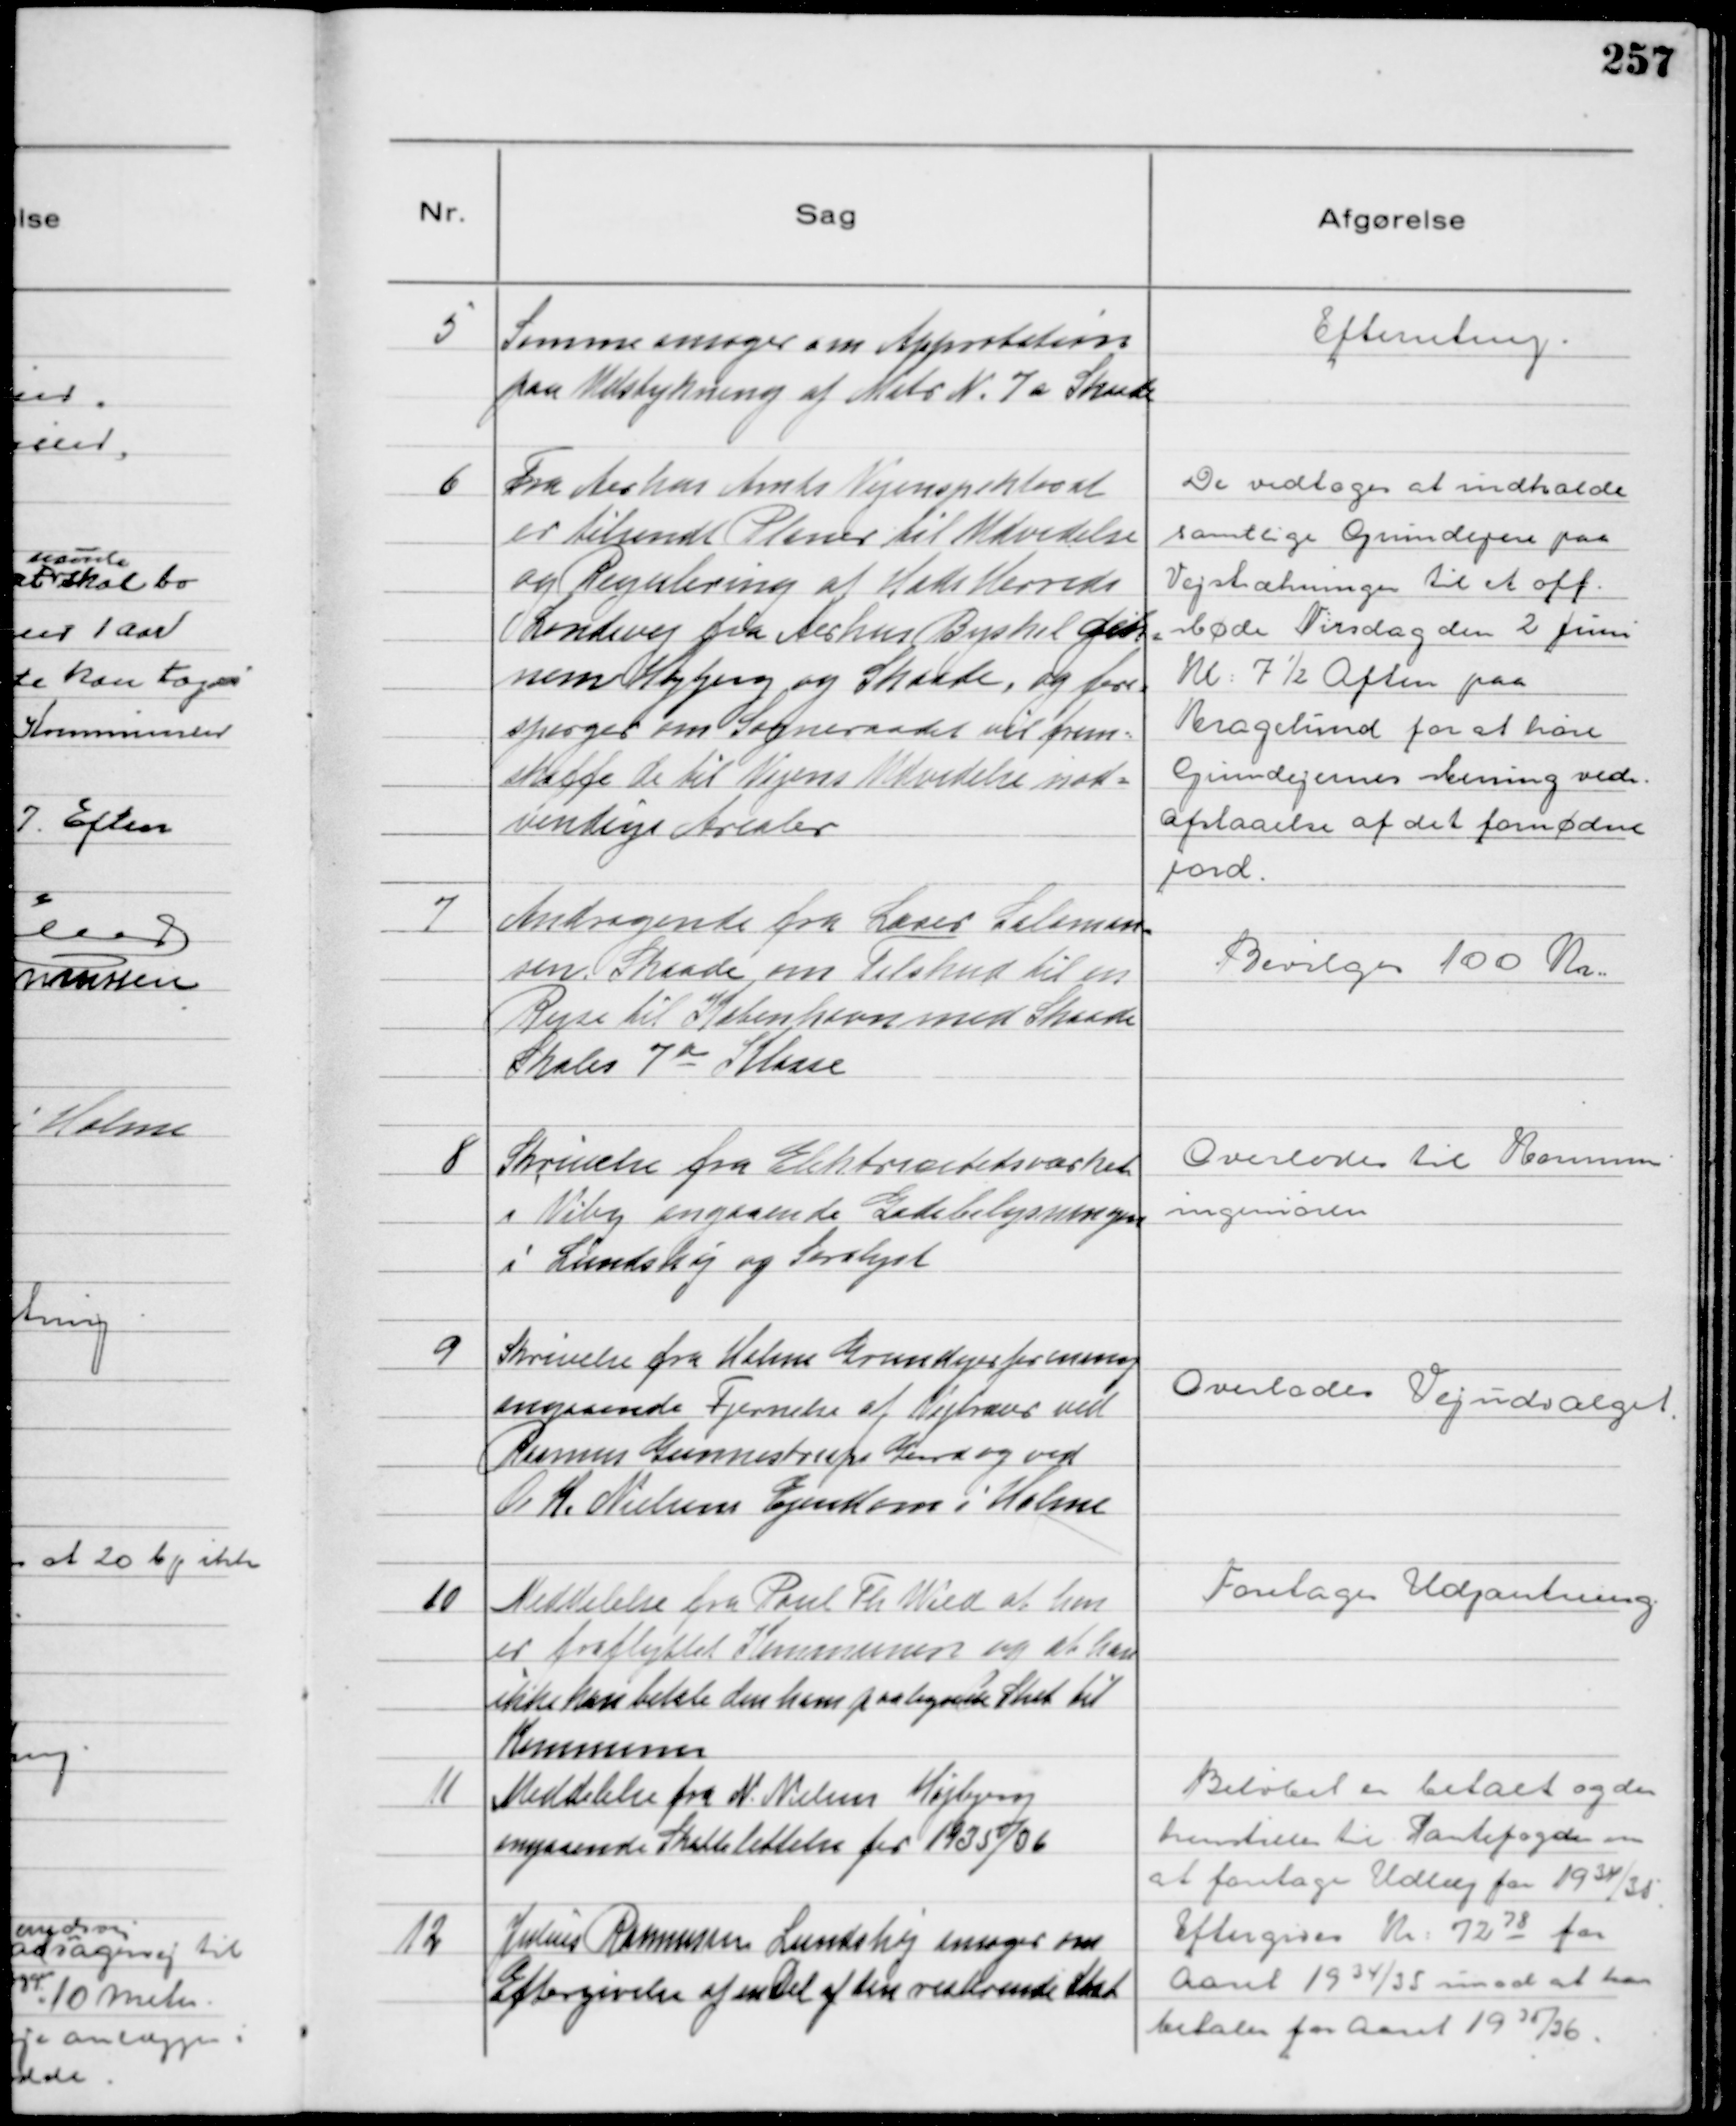
Transskription:
5
Samme ansøger om Approbation
paa Udstykning af Matr N. 7a Skaade

Efterretning

6
Fra Aarhus Amts Vejinspektorat
er tilsendt Planer til Udvidelse
og Regulering af Hads Herreds
Landevej fra Aarhus Byskel gen-
nem Højbjerg og Skaade, og fore-
spørger om Sogneraadet vil frem-
skaffe de til Vejens Udvidelse nød-
vendige Arealer

Der vedtoges at indkalde
samtlige Grundejere paa
Vejstrækningen til et off.
Møde Tirsdag den 2 Juni
Kl 7½ Aften paa
Kragelund for at høre
Grundejernes Mening vedr.
Afstaaelse af det fornødne
jord.

7
Andragende fra Lærer Salomon-
sen Skaade om Tilskud til en
Rejse til København med Skaade
Skoles 7 a Klasse

Bevilges 100 Kr

8
Skrivelse fra Elektricitetsværket
i Viby angaaende Gadebelysningen
i Lundshøj og Saralyst

Overlodes til Kommune
ingeniøren

9
Skrivelse fra Holme Grundejerforening
angaaende Fjernelse af Vejtræer ved
Rasmus Gunnestrups Gaard og ved
O. K. Nielsens Ejendom i Holme

Overlodes Vejudvalget

10
Meddelelse fra Poul Th Wied at han
er fraflyttet Kommunen og at han
ikke kan betale den ham paalignede Skat til
Kommunen

Foretages Udpantning

11
Meddelelse fra N. Nielsen Højbjerg
angaaende Skattelettelse for 1935/36

Beløbet er betalt og der
henstilles til Pantefogeden om
at foretage Udlæg for 1934/35

12
Julius Rasmussen Lundshøj ansøger om
Eftergivelse af en Del af den resterende Skat

Eftergives Kr 72 78 for
Aaret 1934/35 imod at han
betaler for Aaret 1935/36